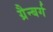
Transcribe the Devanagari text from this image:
ग्रैन्बर्ग